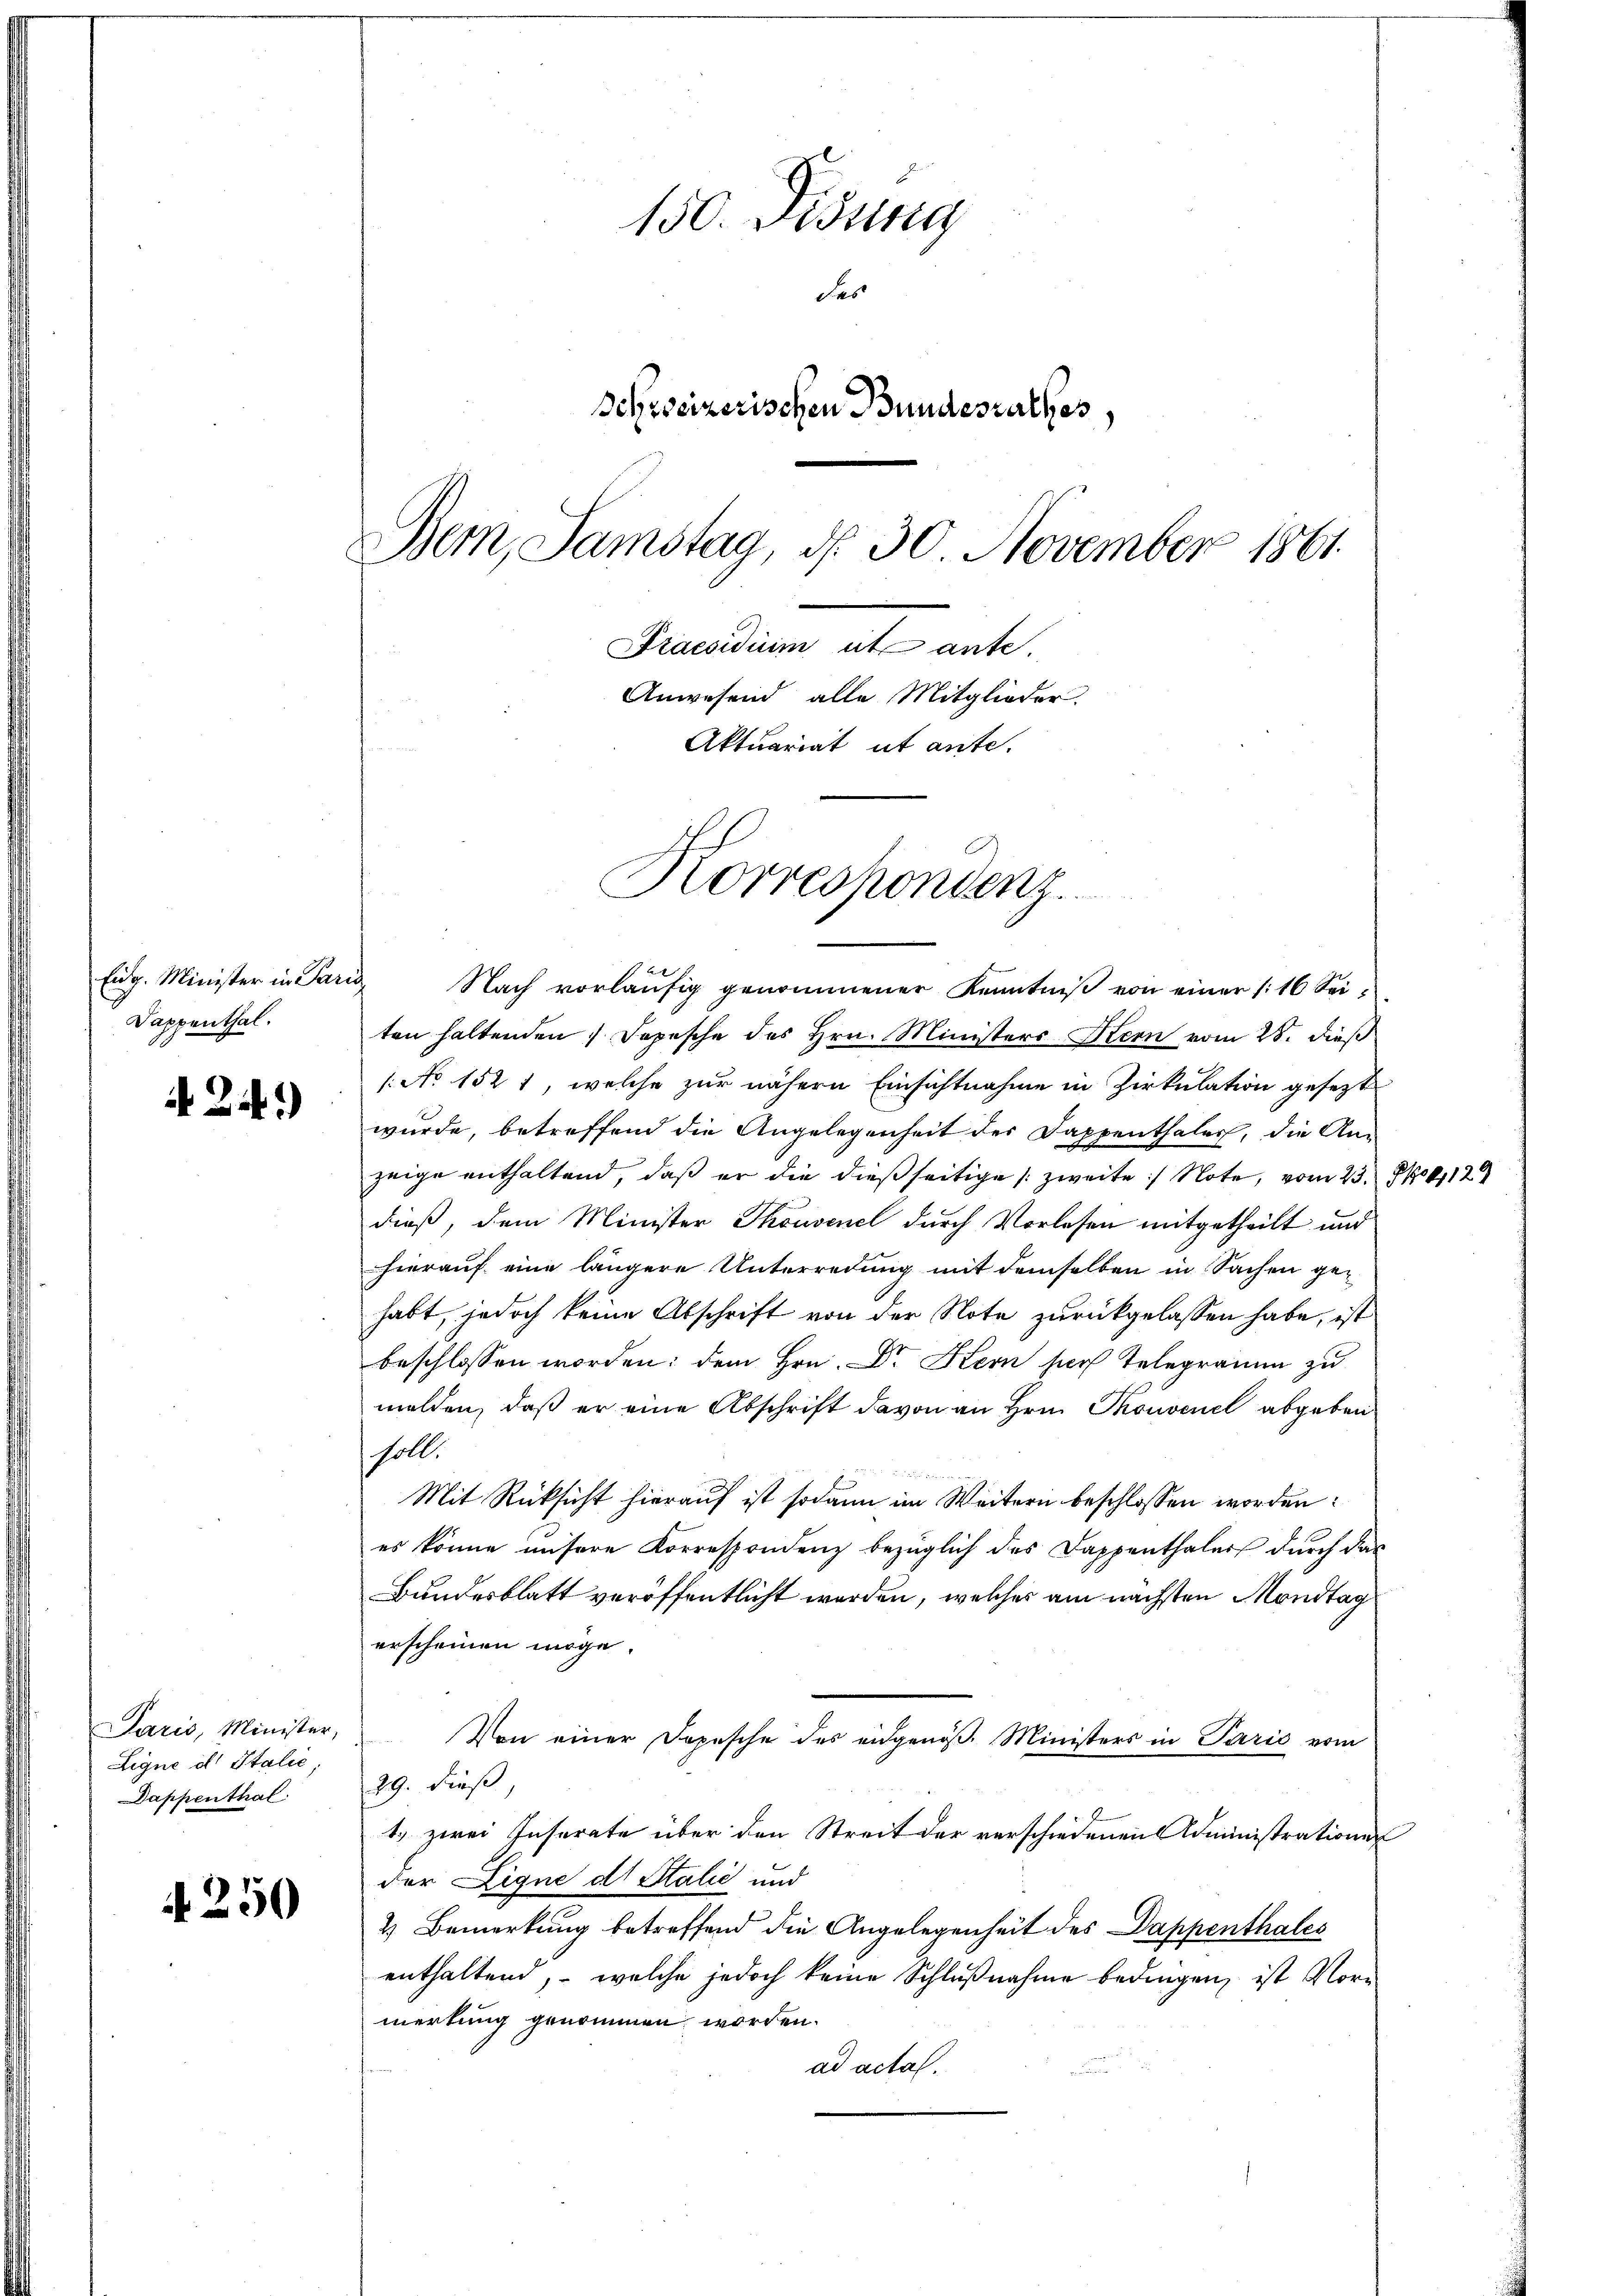
Eidg. Minister in Paris
Dappenthal.

24.)

Paris, Minister,
Ligne ds Italie,
Dappenthal

A 250

150. Disung
des
Schreizerischen Bundesrathes
Bem, Samstag, d. 30. November 1861
raesidium et ante.
Anwesend alle Mitglieder.
Aktuariat ut ante.
Korrespondenz.

Nach vorläŭfig genommener Kenntniß von einer /: 16 Seiten haltenden Depesche des Hrn. Ministers Stern vom 23. dieß
/: No 1521, welche zur nähern Einsichtnahme in Zirkulation gesezt
wurde, betreffend die Angelegenheit des Dappenthalech, die Anzeige enthaltend, daß er die dießseitige (zweite Note, vom 23. No 129
dieß, dem Minister Thouvene durch Vorlesen mitgetheilt und
hierauf eine längere Unterredung mit demselben in Sachen gehabt, jedoch keine Abschrift von der Note zurückgelassen habe, ist
beschlossen worden; dem Hrn. Dr Kern sach Telegramm zu
melden, daß er eine Abschrift davon an Hrn. Thonvenel abgeben
soll.
Mit Rücksicht hierauf ist sodann im Weitern beschlossen worden:
es könne unsere Korrespondenz bezüglich des Dappenthaler durch das
Bundesblatt veröffentlicht worden, welches am nächsten Mondtag
erscheinen möge.
Von einer Dopesche des eidgenöß. Ministers in Paris vom
29. dieß
1.) zwei Inserate über den Streit der verschiedenen Administrationen
der Lique ds Stalić und
4 Bemerkung betreffend die Angelegenheit des Dappenthales
enthaltend, – welche jedoch keine Schlußnahme bedingen, ist Vormerkung genommen worden.
ad acta.